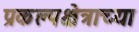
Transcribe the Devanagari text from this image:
प्रकल्पक्षेत्राच्या